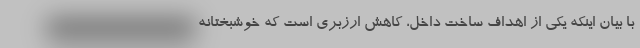
با بیان اینکه یکی از اهداف ساخت داخل، کاهش ارزبری است که خوشبختانه